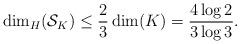
LaTeX: \begin{align*} \dim_H(\mathcal{S}_K) \leq \frac{2}{3}\dim(K)= \frac{4\log 2}{3\log 3}. \end{align*}